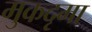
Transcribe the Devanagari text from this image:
मुकदृमा